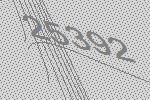
25392